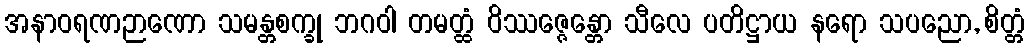
အနာဝရဏဉာဏော သမန္တစက္ခု ဘဂဝါ တမတ္ထံ ဝိဿဇ္ဇေန္တော သီလေ ပတိဋ္ဌာယ နရော သပညော, စိတ္တံ